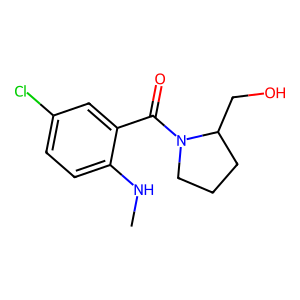
SMILES: CNc1ccc(Cl)cc1C(=O)N1CCCC1CO
Inhibits HIV replication: No